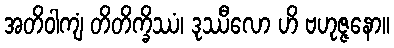
အတိဝါကျံ တိတိက္ခိဿံ၊ ဒုဿီလော ဟိ ဗဟုဇ္ဇနော။